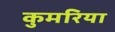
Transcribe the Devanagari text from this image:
कुमरिया